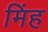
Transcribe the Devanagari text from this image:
मिंह